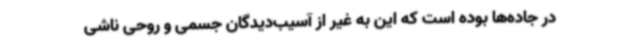
در جاده‌ها بوده است که این به غیر از آسیب‌دیدگان جسمی و روحی ناشی